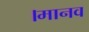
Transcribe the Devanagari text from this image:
।मानव